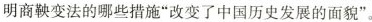
明商鞅变法的哪些措施“改变了中国历史发展的面貌”。